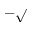
- \sqrt { }